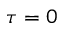
\tau = 0